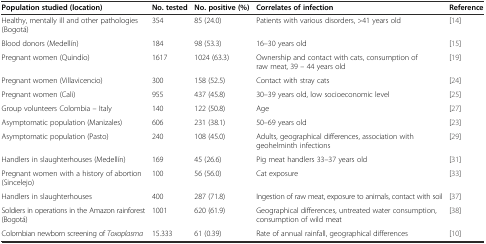
| Population studied (location) | No. tested | No. positive (%) | Correlates of infection | Reference |
 | --- | --- | --- | --- | --- |
 | Healthy, mentally ill and other pathologies (Bogotá) | 354 | 85 (24.0) | Patients with various disorders, >41 years old | [14] |
 | Blood donors (Medellín) | 184 | 98 (53.3) | 16–30 years old | [15] |
 | Pregnant women (Quindío) | 1617 | 1024 (63.3) | Ownership and contact with cats, consumption of raw meat, 39 – 44 years old | [19] |
 | Pregnant women (Villavicencio) | 300 | 158 (52.5) | Contact with stray cats | [24] |
 | Pregnant women (Cali) | 955 | 437 (45.8) | 30–39 years old, low socioeconomic level | [25] |
 | Group volunteers Colombia – Italy | 140 | 122 (50.8) | Age | [27] |
 | Asymptomatic population (Manizales) | 606 | 231 (38.1) | 50–69 years old | [23] |
 | Asymptomatic population (Pasto) | 240 | 108 (45.0) | Adults, geographical differences, association with geohelminth infections | [29] |
 | Handlers in slaughterhouses (Medellín) | 169 | 45 (26.6) | Pig meat handlers 33–37 years old | [31] |
 | Pregnant women with a history of abortion (Sincelejo) | 100 | 56 (56.0) | Cat exposure | [33] |
 | Handlers in slaughterhouses | 400 | 287 (71.8) | Ingestion of raw meat, exposure to animals, contact with soil | [37] |
 | Soldiers in operations in the Amazon rainforest (Bogotá) | 1001 | 620 (61.9) | Geographical differences, untreated water consumption, consumption of wild meat | [38] |
 | Colombian newborn screening of Toxoplasma | 15.333 | 61 (0.39) | Rate of annual rainfall, geographical differences | [10] |